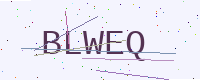
Text: BLWEQ